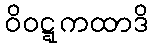
ဝိဝဋ္ဋကထာဒိ